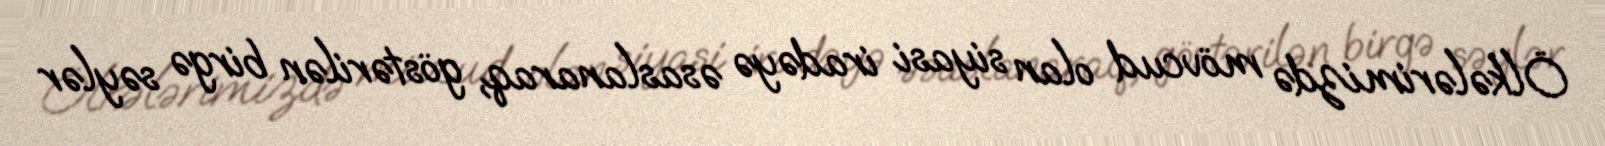
Ölkələrimizdə mövcud olan siyasi iradəyə əsaslanaraq, göstərilən birgə səylər